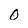
Character: 0